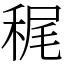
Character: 䅏